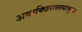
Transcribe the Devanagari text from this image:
अवाक्छिरास्तथाभूत्वा